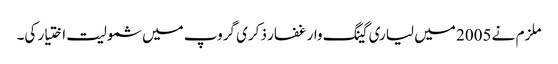
ملزم نے 2005 میں لیاری گینگ وار غفار ذکری گروپ میں شمولیت اختیار کی۔